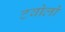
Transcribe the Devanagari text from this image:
टवोलो